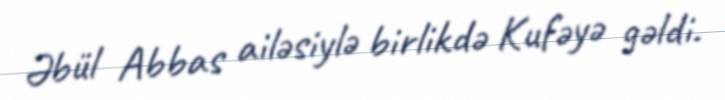
Əbül Abbas ailəsiylə birlikdə Kufəyə gəldi.